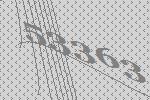
53363